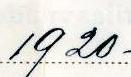
1920